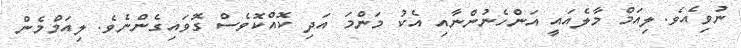
ނުވިއެވެ. ލިއަމް މާލެއައީ އަންހެނުންނާއި އެކު މަންމަ އަދި ކޮއްކޮވެސް ގޮވައިގެންނެވެ. ލިއަމްމެން